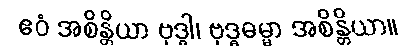
ဧဝံ အစိန္တိယာ ဗုဒ္ဓါ၊ ဗုဒ္ဓဓမ္မာ အစိန္တိယာ။